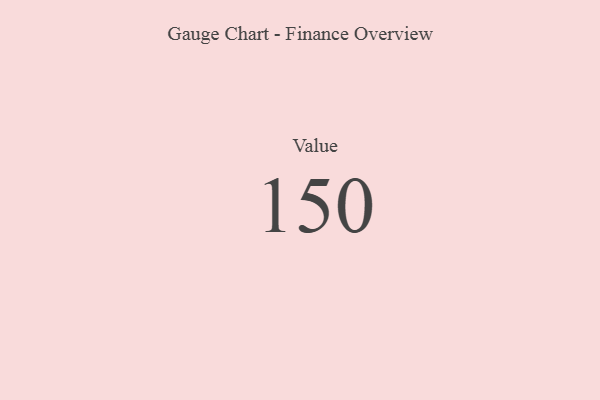
{"axis": {"x": "Metric", "y": "Value"}, "legend": [""], "data": [{"x": "Value", "y": 150, "type": ""}]}